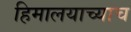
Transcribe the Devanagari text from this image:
हिमालयाच्याच